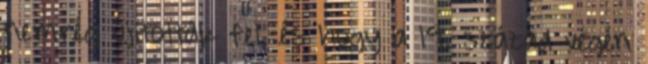
nemrég újították fel, és hogy a 19. század végén